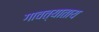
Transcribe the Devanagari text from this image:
गावत्याताय